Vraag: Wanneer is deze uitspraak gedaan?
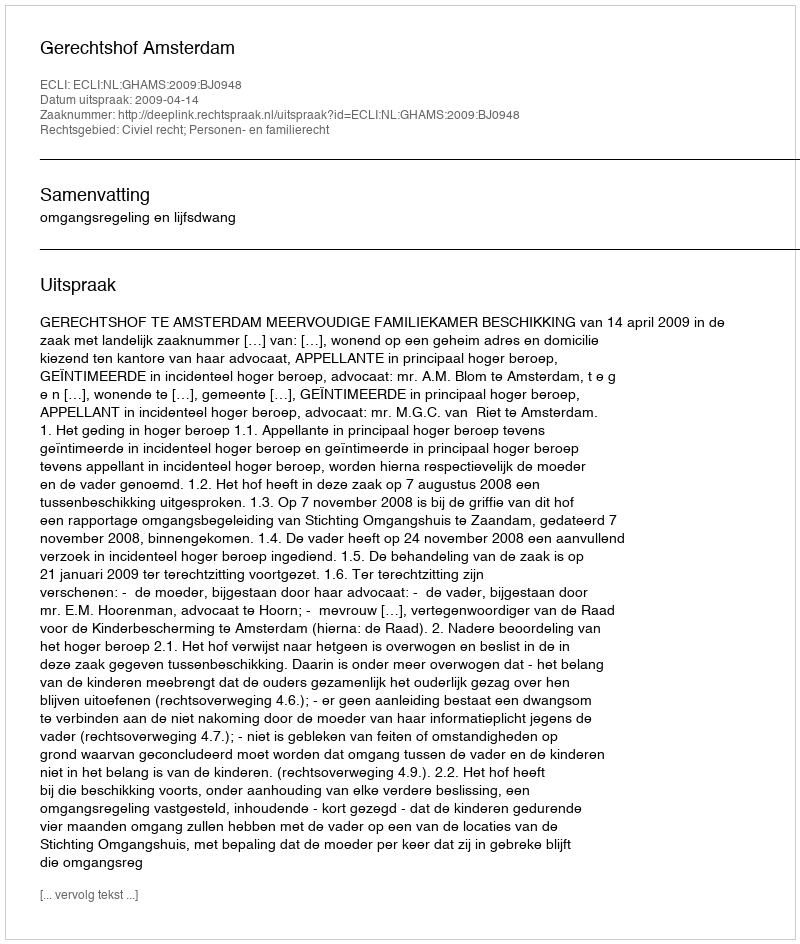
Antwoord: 2009-04-14